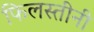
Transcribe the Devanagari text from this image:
फिलस्तीनी